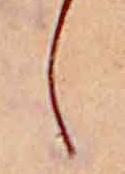
し